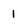
Character: 1